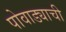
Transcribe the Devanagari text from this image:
पोवाड्याची